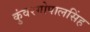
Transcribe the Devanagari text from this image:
कुंवरगोपालसिंह